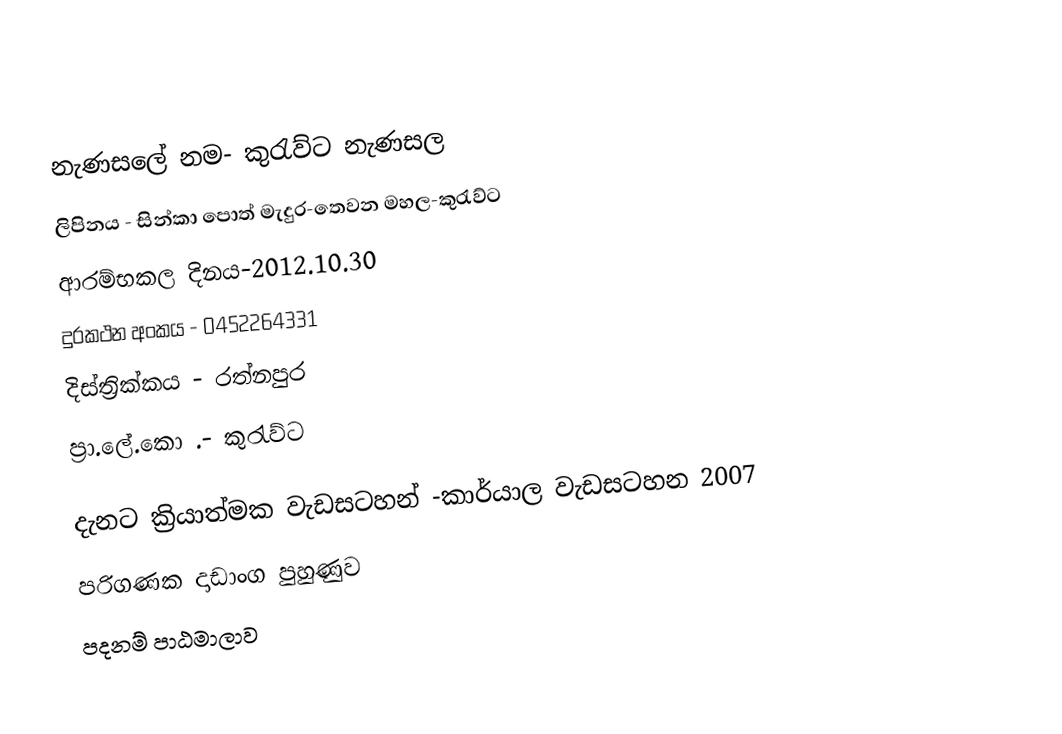
නැණසලේ නම- කුරැව්ට නැණසල
   ලිපිනය      - සින්කා පොත් මැදුර-තෙවන මහල-කුරැව්ට
   ආරම්භකල දිනය-2012.10.30
   දුරකථන අංකය - 0452264331
   දිස්ත්‍රික්කය    - රත්නපුර
   ප්‍රා.ලේ.කො .-  කුරැව්ට

   දැනට ක්‍රියාත්මක වැඩසටහන් -කාර්යාල වැඩසටහන 2007
                        පරිගණක දාඩාංග පුහුණුව
                        පදනම් පාඨමාලාව